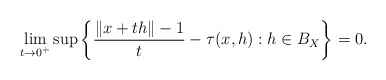
\begin{align*} \lim_{t \rightarrow 0^+} \sup \left\{ \frac{\|x + th\| - 1}{t} - \tau(x, h): h \in B_X \right\} = 0. \end{align*}